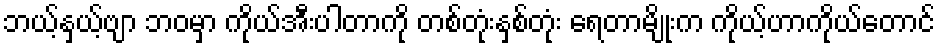
ဘယ့်နှယ့်ဗျာ ဘဝမှာ ကိုယ်အီးပါတာကို တစ်တုံးနှစ်တုံး ရေတာမျိုးက ကိုယ့်ဟာကိုယ်တောင်